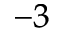
^ { - 3 }